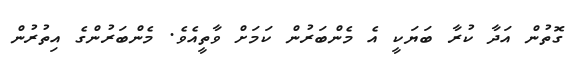
ގޮތުން އަދާ ކުރާ ބަޔަކީ އެ މެންބަރުން ކަމަށް ވާތީއެވެ. މެންބަރުންގެ އިތުރުން